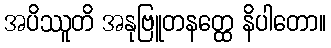
အပိဿူတိ အနုဗြူတနတ္ထေ နိပါတော။